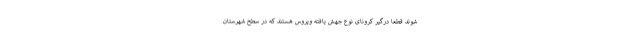
شوند قطعا درگیر کرونای نوع جهش یافته ویروس هستند که در سطح شهرستان